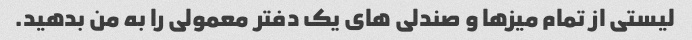
لیستی از تمام میزها و صندلی های یک دفتر معمولی را به من بدهید.